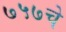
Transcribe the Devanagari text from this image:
७५७चे